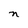
Character: n